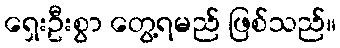
ရှေးဦးစွာ တွေ့ရမည် ဖြစ်သည်။